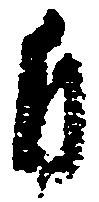
自